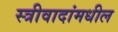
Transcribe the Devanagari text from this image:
स्त्रीवादांमधील